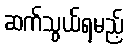
ဆက်သွယ်ရမည့်